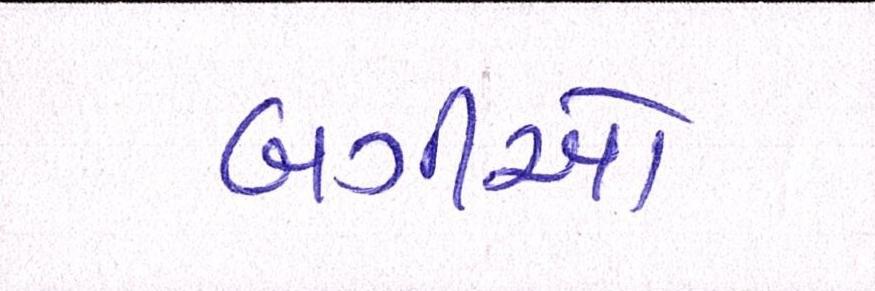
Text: બગીઓ